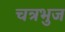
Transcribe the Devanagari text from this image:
चत्रभुज